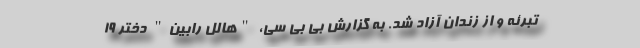
تبرئه و از زندان آزاد شد. به گزارش بی بی سی، "هالل رابین" دختر ۱۹